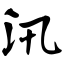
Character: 汛